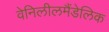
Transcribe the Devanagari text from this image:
वेनिलीलमैंडेलिक